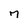
Character: 7